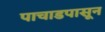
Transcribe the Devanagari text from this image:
पाचाडपासून